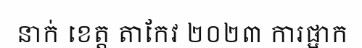
នាក់ ខេត្ត តាកែវ ២០២៣ ការផ្អាក